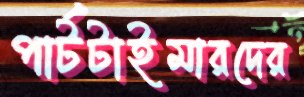
পার্টটাইমারদের